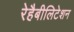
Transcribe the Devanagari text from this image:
रेहैबीलिटेशन